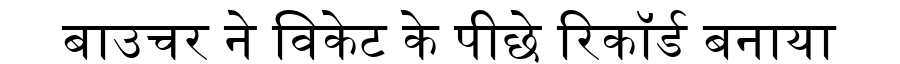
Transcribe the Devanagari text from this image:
बाउचर ने विकेट के पीछे रिकॉर्ड बनाया